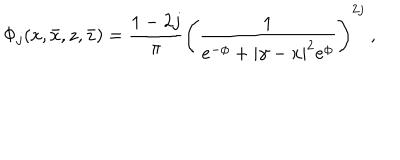
LaTeX: \Phi _ { j } ( x , \bar { x } , z , \bar { z } ) = \frac { 1 - 2 j } { \pi } \left( \frac { 1 } { e ^ { - \phi } + | \gamma - x | ^ { 2 } e ^ { \phi } } \right) ^ { 2 j } ~ ,